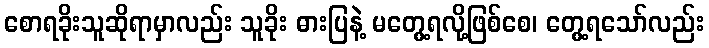
စောရခိုးသူဆိုရာမှာလည်း သူခိုး ဓားပြနဲ့ မတွေ့ရလို့ဖြစ်စေ၊ တွေ့ရသော်လည်း